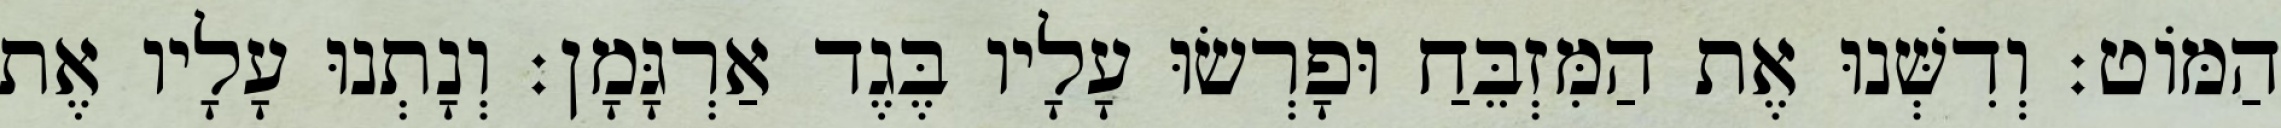
הַמּוֹט׃ וְדִשְּׁנוּ אֶת הַמִּזְבֵּחַ וּפָרְשׂוּ עָלָיו בֶּגֶד אַרְגָּמָן׃ וְנָתְנוּ עָלָיו אֶת